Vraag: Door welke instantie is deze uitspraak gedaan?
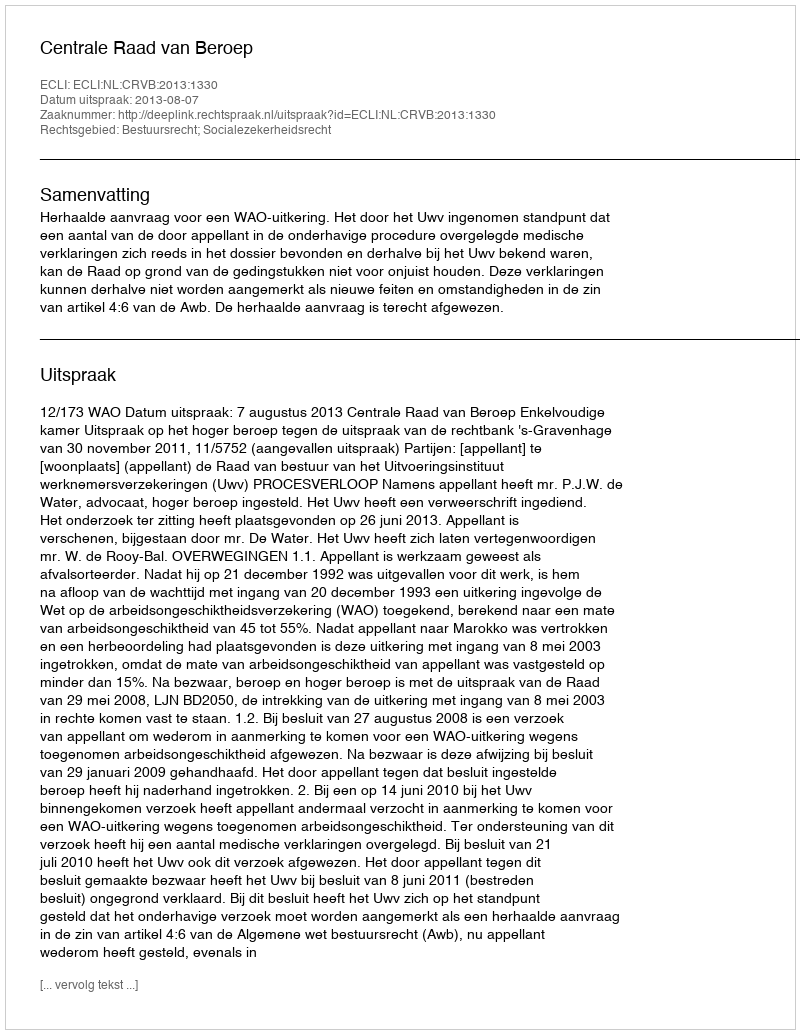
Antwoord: Centrale Raad van Beroep